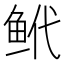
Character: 𬶌